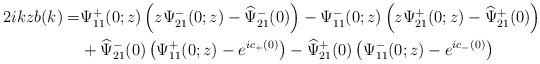
LaTeX: \begin{align*}\begin{aligned}2 i k z b(k)=& \Psi^+_{11}(0 ; z)\left(z \Psi^-_{21}(0;z)-\widehat{\Psi}^-_{21}(0)\right)-\Psi^-_{11}(0;z)\left(z \Psi^+_{21}(0; z)-\widehat{\Psi}^+_{21}(0)\right) \\&+\widehat{\Psi}^-_{21}(0)\left(\Psi^+_{11}(0;z)-e^{ic_+(0)}\right)-\widehat{\Psi}^+_{21}(0)\left(\Psi^-_{11}(0;z)-e^{ic_-(0)}\right)\end{aligned}\end{align*}